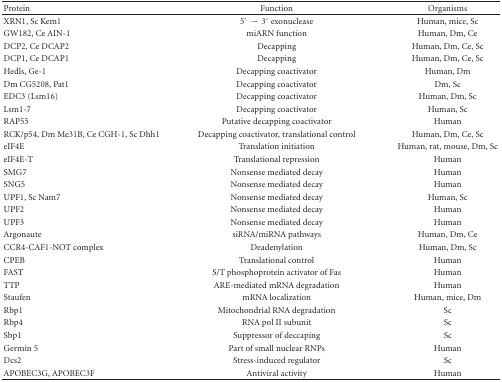
<table><thead><tr><td><b>Protein</b></td><td><b>Function</b></td><td><b>Organisms</b></td></tr></thead><tbody><tr><td>XRN1, Sc Kem1</td><td>5′ → 3′ exonuclease</td><td>Human, mice, Sc</td></tr><tr><td>GW182, Ce AIN-1</td><td>miARN function</td><td>Human, Dm, Ce</td></tr><tr><td>DCP2, Ce DCAP2</td><td>Decapping</td><td>Human, Dm, Ce, Sc</td></tr><tr><td>DCP1, Ce DCAP1</td><td>Decapping</td><td>Human, Dm, Ce, Sc</td></tr><tr><td>Hedls, Ge-1</td><td>Decapping coactivator</td><td>Human, Dm</td></tr><tr><td>Dm CG5208, Pat1</td><td>Decapping coactivator</td><td>Dm, Sc</td></tr><tr><td>EDC3 (Lsm16)</td><td>Decapping coactivator</td><td>Human, Dm, Sc</td></tr><tr><td>Lsm1-7</td><td>Decapping coactivator</td><td>Human, Sc</td></tr><tr><td>RAP55</td><td>Putative decapping coactivator</td><td>Human</td></tr><tr><td>RCK/p54, Dm Me31B, Ce CGH-1, Sc Dhh1</td><td>Decapping coactivator, translational control</td><td>Human, Dm, Ce, Sc</td></tr><tr><td>eIF4E</td><td>Translation initiation</td><td>Human, rat, mouse, Dm, Sc</td></tr><tr><td>eIF4E-T</td><td>Translational repression</td><td>Human</td></tr><tr><td>SMG7</td><td>Nonsense mediated decay</td><td>Human</td></tr><tr><td>SNG5</td><td>Nonsense mediated decay</td><td>Human</td></tr><tr><td>UPF1, Sc Nam7</td><td>Nonsense mediated decay</td><td>Human, Sc</td></tr><tr><td>UPF2</td><td>Nonsense mediated decay</td><td>Human</td></tr><tr><td>UPF3</td><td>Nonsense mediated decay</td><td>Human</td></tr><tr><td>Argonaute</td><td>siRNA/miRNA pathways</td><td>Human, Dm, Ce</td></tr><tr><td>CCR4-CAF1-NOT complex</td><td>Deadenylation</td><td>Human, Dm, Sc</td></tr><tr><td>CPEB</td><td>Translational control</td><td>Human</td></tr><tr><td>FAST</td><td>S/T phosphoprotein activator of Fas</td><td>Human</td></tr><tr><td>TTP</td><td>ARE-mediated mRNA degradation</td><td>Human</td></tr><tr><td>Staufen</td><td>mRNA localization</td><td>Human, mice, Dm</td></tr><tr><td>Rbp1</td><td>Mitochondrial RNA degradation</td><td>Sc</td></tr><tr><td>Rbp4</td><td>RNA pol II subunit</td><td>Sc</td></tr><tr><td>Sbp1</td><td>Suppressor of deccaping</td><td>Sc</td></tr><tr><td>Germin 5</td><td>Part of small nuclear RNPs</td><td>Human</td></tr><tr><td>Dcs2</td><td>Stress-induced regulator</td><td>Sc</td></tr><tr><td>APOBEC3G, APOBEC3F</td><td>Antiviral activity</td><td>Human</td></tr></tbody></table>